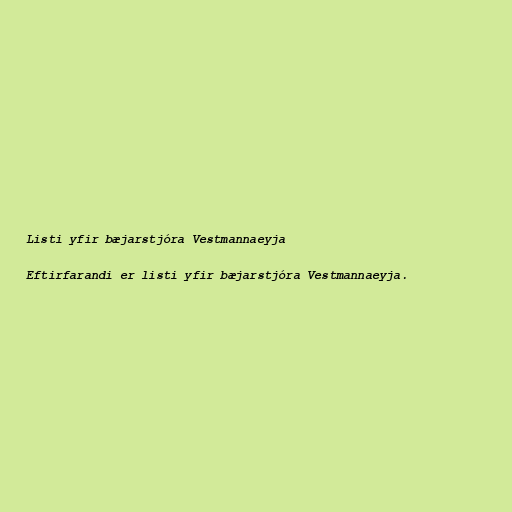
Listi yfir bæjarstjóra Vestmannaeyja

Eftirfarandi er listi yfir bæjarstjóra Vestmannaeyja.